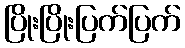
ပြိုးပြိုးပြက်ပြက်